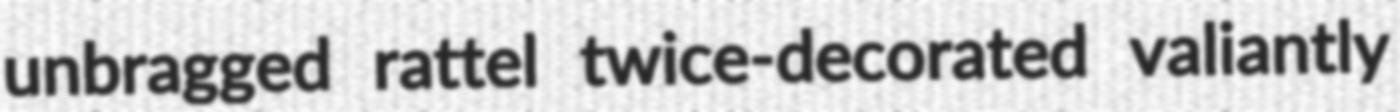
unbragged rattel twice-decorated valiantly